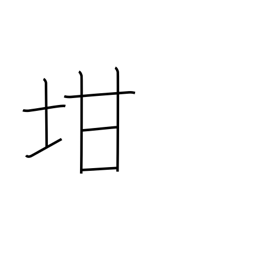
Meaning: pot